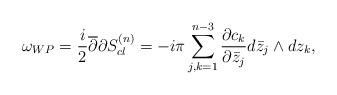
LaTeX: \begin{align*}\omega_{WP}= {i\over2}{\overline\partial}{\partial}S^{(n)}_{cl}=-i\pi\sum_{j,k=1}^{n-3} {\partial c_k\over \partial {\bar z_j}}d\bar z_j\wedge d z_k,\end{align*}